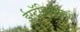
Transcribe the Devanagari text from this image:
ईस्ट्रॅडिऑलची